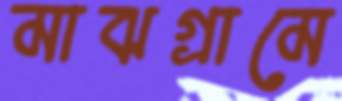
মাঝগ্রামে